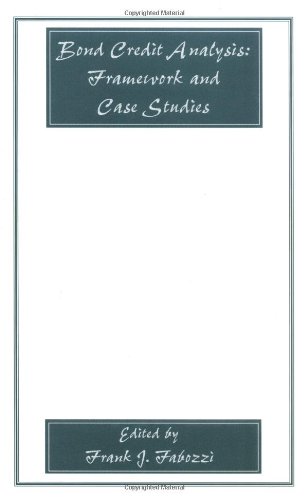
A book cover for Bond Credit Analysis: Framework and Case Studies; Business & Money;